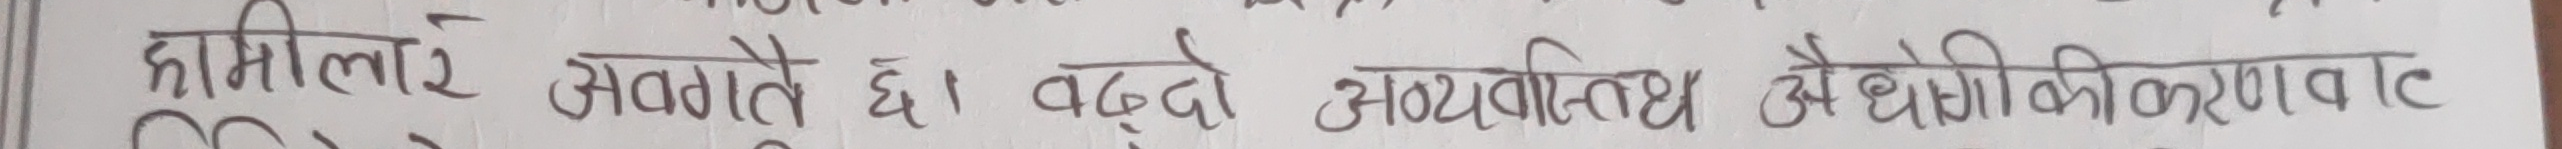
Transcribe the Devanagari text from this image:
हामीले अपनाउते छौं। बढ्दो औद्योगिकीकरण वाट